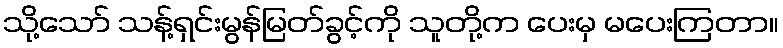
သို့သော် သန့်ရှင်းမွန်မြတ်ခွင့်ကို သူတို့က ပေးမှ မပေးကြတာ။